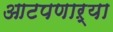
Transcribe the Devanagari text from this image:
आटपणाऱ्या